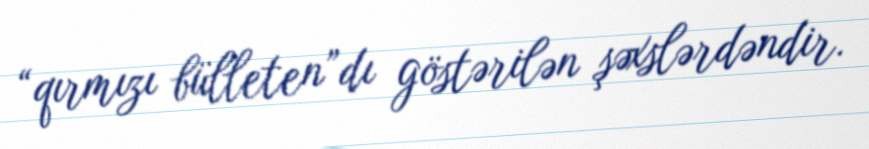
“qırmızı bülleten”dı göstərilən şəxslərdəndir.